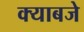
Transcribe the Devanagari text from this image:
क्याबजे